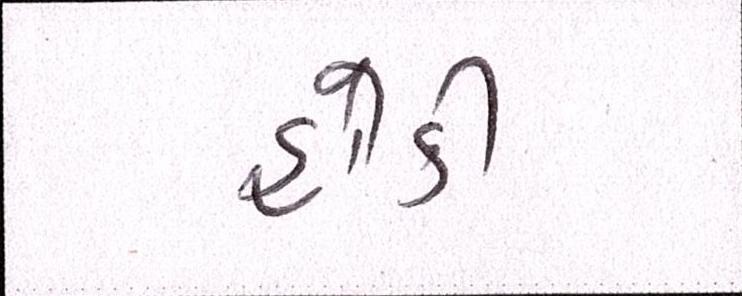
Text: હોકી